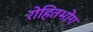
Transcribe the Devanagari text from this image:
रोहितभोग